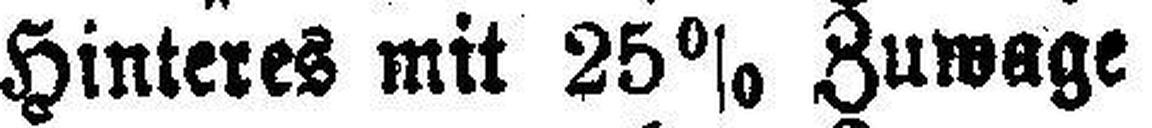
Hinteres mit 25% Zuwage